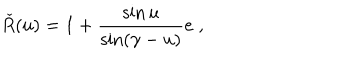
LaTeX: \check { R } ( u ) = 1 + \frac { \sin u } { \sin ( \gamma - u ) } e \; ,